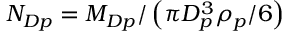
N _ { D p } = M _ { D p } / \left( \pi D _ { p } ^ { 3 } \rho _ { p } / 6 \right)